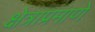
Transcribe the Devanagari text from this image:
क्षेत्राप्रमाणे